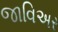
જાવિઅર